Reports on dispensaries and lunatic asylums in the Province of Oudh - 1869-1876
Year: 1869
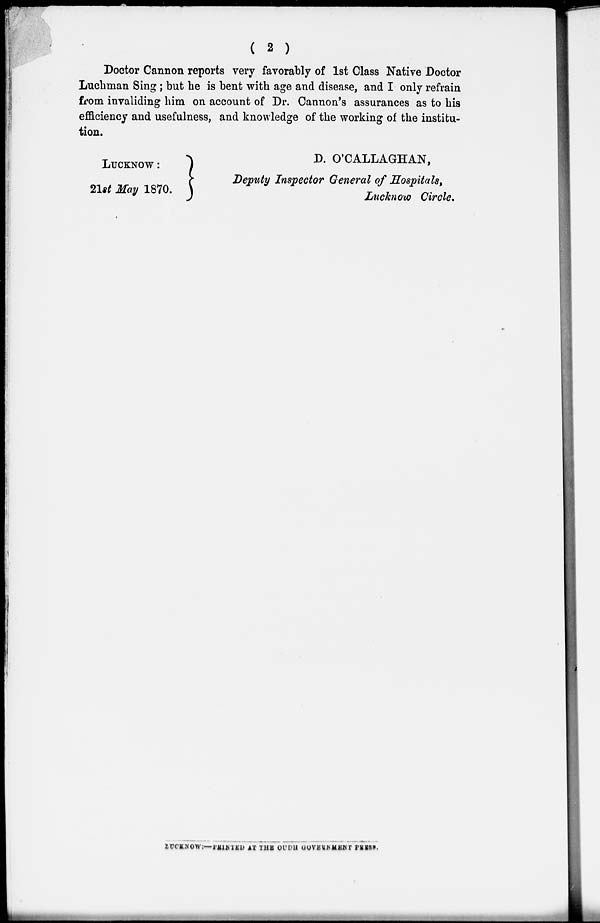
( 2 )
Doctor Cannon reports very favorably of 1st Class Native Doctor
Luchman Sing ; but he is bent with age and disease, and I only refrain
from invaliding him on account of Dr. Cannon's assurances as to his
efficiency and usefulness, and knowledge of the working of the institu-
tion.
LUCKNOW :
21st May 1870.
D. O'CALLAGHAN,
Deputy Inspector General of Hospitals,
Lucknow Circle.
LUCKNOW:—PRINTED AT THE OUDH GOVERNMENT PRESS.